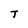
Character: T